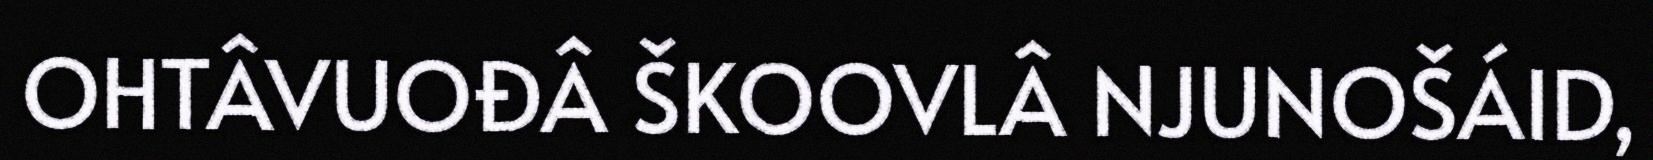
OHTÂVUOĐÂ ŠKOOVLÂ NJUNOŠÁID,